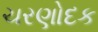
ચરણોદક